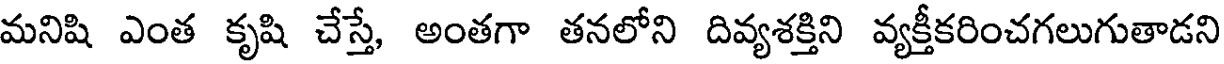
మనిషి ఎంత కృషి చేస్తే, అంతగా తనలోని దివ్యశక్తిని వ్యక్తీకరించగలుగుతాడని